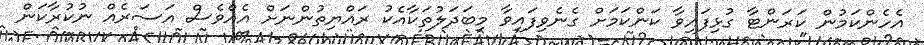
އެހެންކަމުން ކަރަންޓާ ގުޅިފައިވާ ކަންކަމަށް ގެނެވިފައިވާ މިބަދަލުތަކާއެކު ރައްޔިތުންނަށް އެއްވެސް އަސަރެއް ނުކުރާކަން